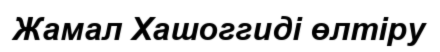
Жамал Хашоггиді өлтіру